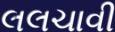
લલચાવી